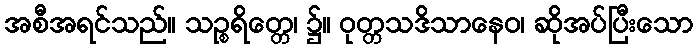
အစီအရင်သည်။ သဉ္စရိတ္တေ၊ ၌။ ဝုတ္တသဒိသာနေဝ၊ ဆိုအပ်ပြီးသော